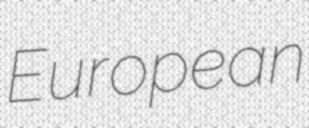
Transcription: European